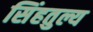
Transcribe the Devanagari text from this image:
सिंहतुल्य